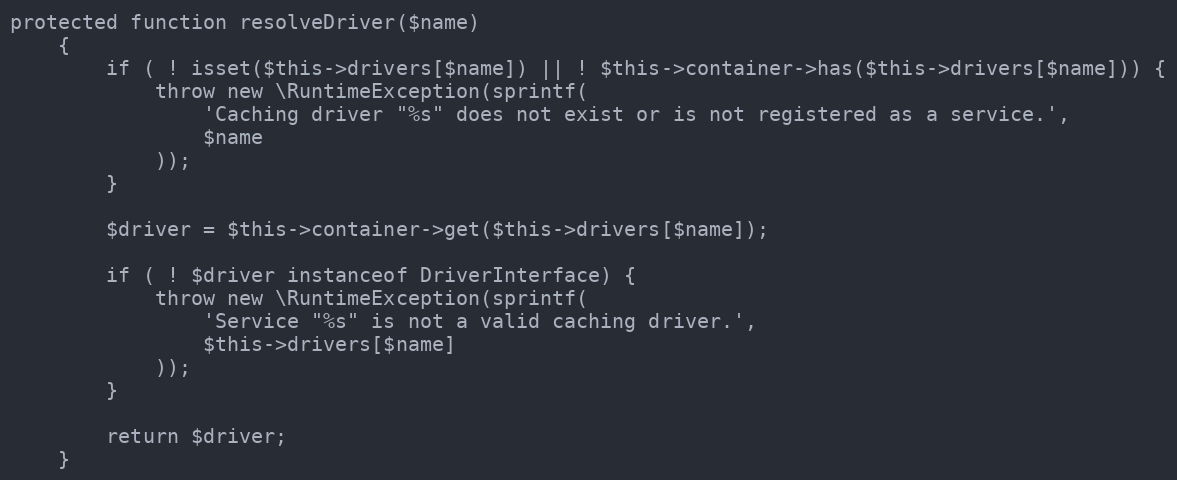
Language: PHP
protected function resolveDriver($name)
    {
        if ( ! isset($this->drivers[$name]) || ! $this->container->has($this->drivers[$name])) {
            throw new \RuntimeException(sprintf(
                'Caching driver "%s" does not exist or is not registered as a service.',
                $name
            ));
        }

        $driver = $this->container->get($this->drivers[$name]);

        if ( ! $driver instanceof DriverInterface) {
            throw new \RuntimeException(sprintf(
                'Service "%s" is not a valid caching driver.',
                $this->drivers[$name]
            ));
        }

        return $driver;
    }